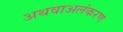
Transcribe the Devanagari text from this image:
अथवाअलंकरण